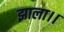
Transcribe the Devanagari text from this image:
झाला।।